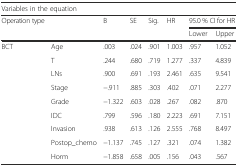
<table><thead><tr><td colspan="8"><b>Variables in the equation</b></td></tr><tr><td><b>Operation type</b></td><td>[EMPTY_CELL]</td><td><b>B</b></td><td><b>SE</b></td><td><b>Sig.</b></td><td><b>HR</b></td><td colspan="2"><b>95.0 % CI for HR</b></td></tr><tr><td>[EMPTY_CELL]</td><td>[EMPTY_CELL]</td><td>[EMPTY_CELL]</td><td>[EMPTY_CELL]</td><td>[EMPTY_CELL]</td><td>[EMPTY_CELL]</td><td><b>Lower</b></td><td><b>Upper</b></td></tr></thead><tbody><tr><td rowspan="9">BCT</td><td>Age</td><td>.003</td><td>.024</td><td>.901</td><td>1.003</td><td>.957</td><td>1.052</td></tr><tr><td>T</td><td>.244</td><td>.680</td><td>.719</td><td>1.277</td><td>.337</td><td>4.839</td></tr><tr><td>LNs</td><td>.900</td><td>.691</td><td>.193</td><td>2.461</td><td>.635</td><td>9.541</td></tr><tr><td>Stage</td><td>−.911</td><td>.885</td><td>.303</td><td>.402</td><td>.071</td><td>2.277</td></tr><tr><td>Grade</td><td>−1.322</td><td>.603</td><td>.028</td><td>.267</td><td>.082</td><td>.870</td></tr><tr><td>IDC</td><td>.799</td><td>.596</td><td>.180</td><td>2.223</td><td>.691</td><td>7.151</td></tr><tr><td>Invasion</td><td>.938</td><td>.613</td><td>.126</td><td>2.555</td><td>.768</td><td>8.497</td></tr><tr><td>Postop_chemo</td><td>−1.137</td><td>.745</td><td>.127</td><td>.321</td><td>.074</td><td>1.382</td></tr><tr><td>Horm</td><td>−1.858</td><td>.658</td><td>.005</td><td>.156</td><td>.043</td><td>.567</td></tr></tbody></table>